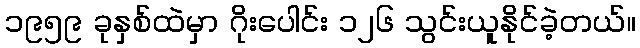
၁၉၅၉ ခုနှစ်ထဲမှာ ဂိုးပေါင်း ၁၂၆ သွင်းယူနိုင်ခဲ့တယ်။